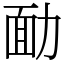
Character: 勔